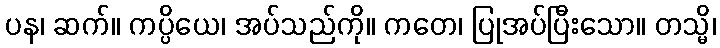
ပန၊ ဆက်။ ကပ္ပိယေ၊ အပ်သည်ကို။ ကတေ၊ ပြုအပ်ပြီးသော။ တသ္မိ၊